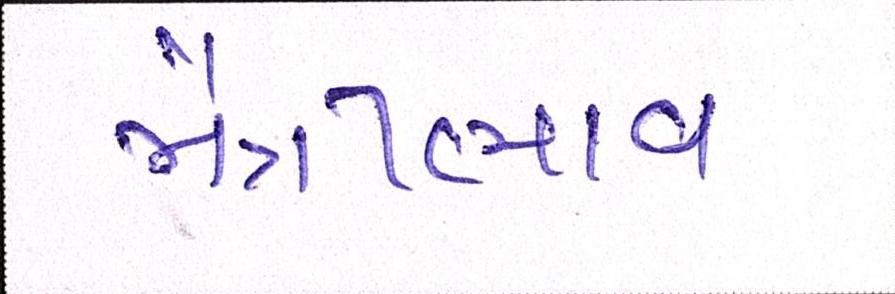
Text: મૈત્રીભાવ